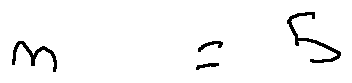
n = 5